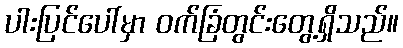
ပါးပြင်ပေါ်မှာ ဝက်ခြံတွင်းတွေ့ရှိသည်။